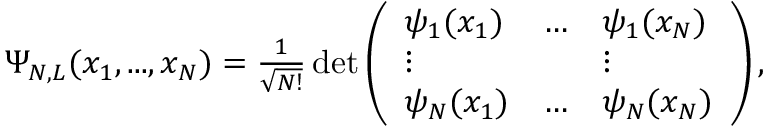
\begin{array} { r } { \Psi _ { N , L } ( x _ { 1 } , . . . , x _ { N } ) = \frac { 1 } { \sqrt { N ! } } \operatorname* { d e t } \left( \begin{array} { l l l } { \psi _ { 1 } ( x _ { 1 } ) } & { \ldots } & { \psi _ { 1 } ( x _ { N } ) } \\ { \vdots } & & { \vdots } \\ { \psi _ { N } ( x _ { 1 } ) } & { \ldots } & { \psi _ { N } ( x _ { N } ) } \end{array} \right) , } \end{array}